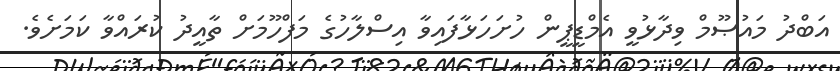
އަބްދު މައުޞޫމް ވިދާޅުވީ އެމްޑީޕީން ހުށަހަޅާފައިވާ އިސްލާހުގެ މަފްހޫމަށް ތާއީދު ކުރައްވާ ކަމަށެވެ.